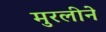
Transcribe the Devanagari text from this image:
मुरलीने